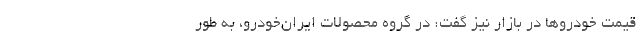
قیمت خودروها در بازار نیز گفت: در گروه محصولات ایران‌خودرو، به طور